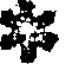
వ